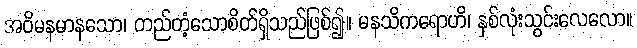
အဝိမနမာနသော၊ တည်တံ့သောစိတ်ရှိသည်ဖြစ်၍။ မနသိကရောဟိ၊ နှစ်လုံးသွင်းလေလော။